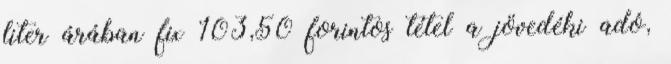
liter árában fix 103,50 forintos tétel a jövedéki adó,